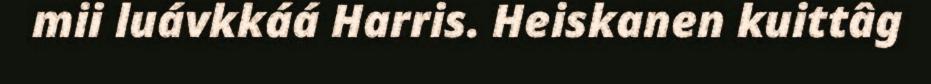
mii luávkkáá Harris. Heiskanen kuittâg